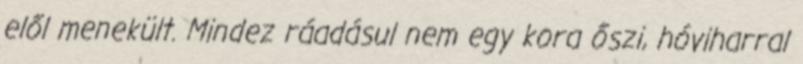
elől menekült. Mindez ráadásul nem egy kora őszi, hóviharral